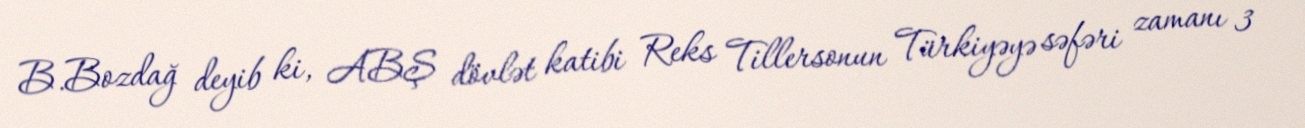
B.Bozdağ deyib ki, ABŞ dövlət katibi Reks Tillersonun Türkiyəyə səfəri zamanı 3